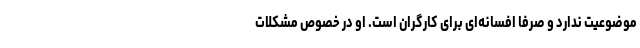
موضوعیت ندارد و صرفا افسانه‌ای برای کارگران است. او در خصوص مشکلاتِ